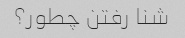
شنا رفتن چطور؟